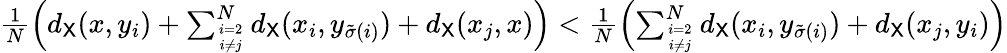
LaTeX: \begin{array}{r}{\frac{1}{N}\left(d_{{\mathsf X}}(x,y_{i})+\sum_{i=2\atop i\neq j}^{N}d_{{\mathsf X}}(x_{i},y_{\tilde{\sigma}(i)})+d_{{\mathsf X}}(x_{j},x)\right)<\frac{1}{N}\left(\sum_{i=2\atop i\neq j}^{N}d_{{\mathsf X}}(x_{i},y_{\tilde{\sigma}(i)})+d_{{\mathsf X}}(x_{j},y_{i})\right)}\end{array}